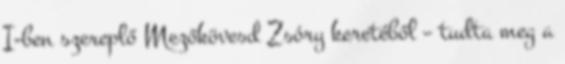
I-ben szereplő Mezőkövesd Zsóry keretéből – tudta meg a